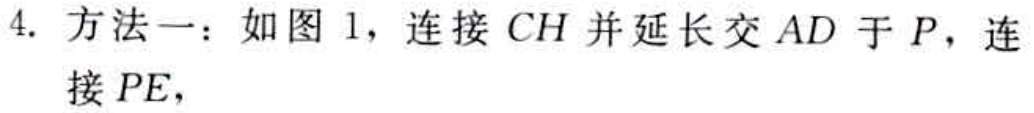
4. 方法一：如图 1，连接 \(CH\) 并延长交 \(AD\) 于 \(P\)，连接 \(PE\)，